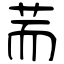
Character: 荋